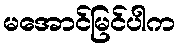
မအောင်မြင်ပါက